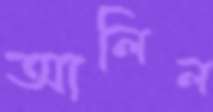
আলিল